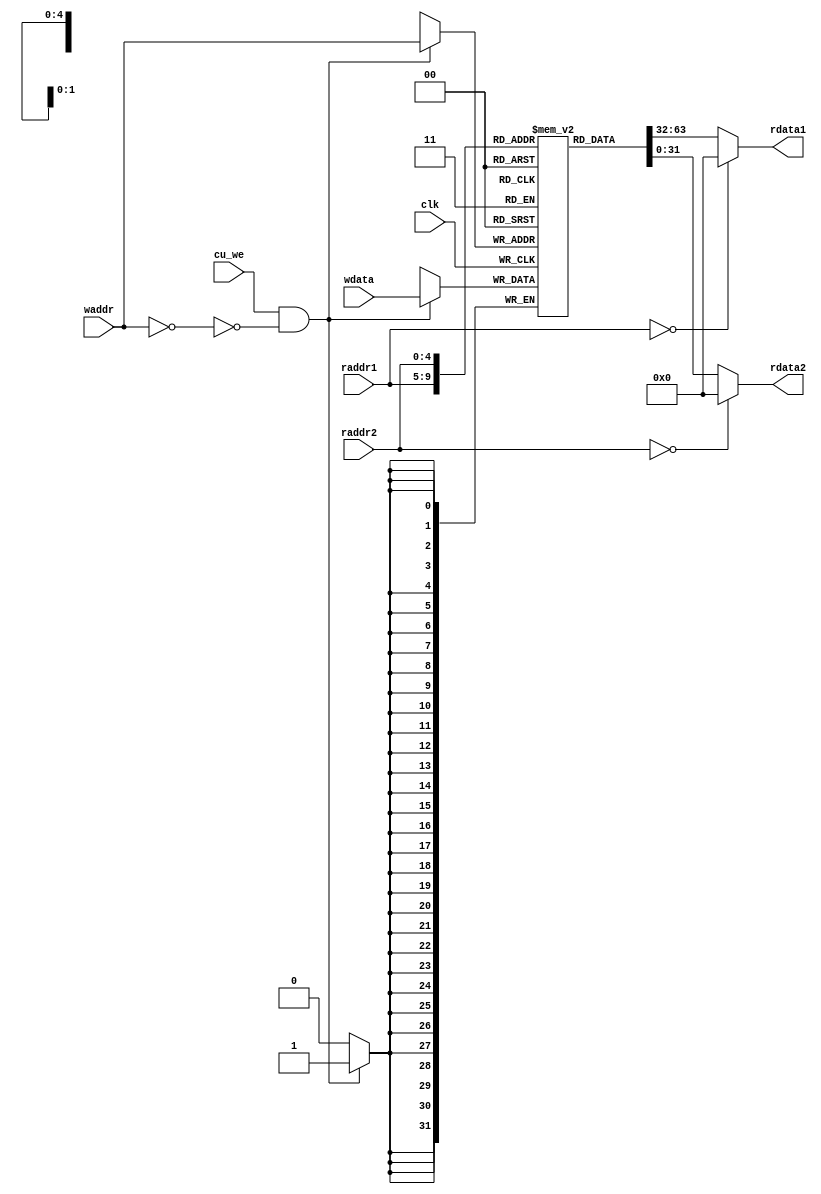
`timescale 1ns / 1ps
//////////////////////////////////////////////////////////////////////////////////
// Module Name: regfile
// Description:  
//////////////////////////////////////////////////////////////////////////////////


module regfile(
    input wire clk,
    input wire cu_we,
    input wire [4:0] raddr1,
    input wire [4:0] raddr2,
    input wire [4:0] waddr,
    input wire [31:0] wdata,

    output wire [31:0] rdata1,
    output wire [31:0] rdata2

    );

    reg[31:0] rf[31:0];
    wire[31:0] zero = 32'b0;
    
    assign rdata1 = ( raddr1 == 5'b0 )? zero : rf[raddr1];
    assign rdata2 = ( raddr2 == 5'b0 )? zero : rf[raddr2];
    
    always @(posedge clk) begin
        if (cu_we && !(waddr == 5'b0) ) begin
            rf[waddr] <= wdata;
        end
    end

endmodule